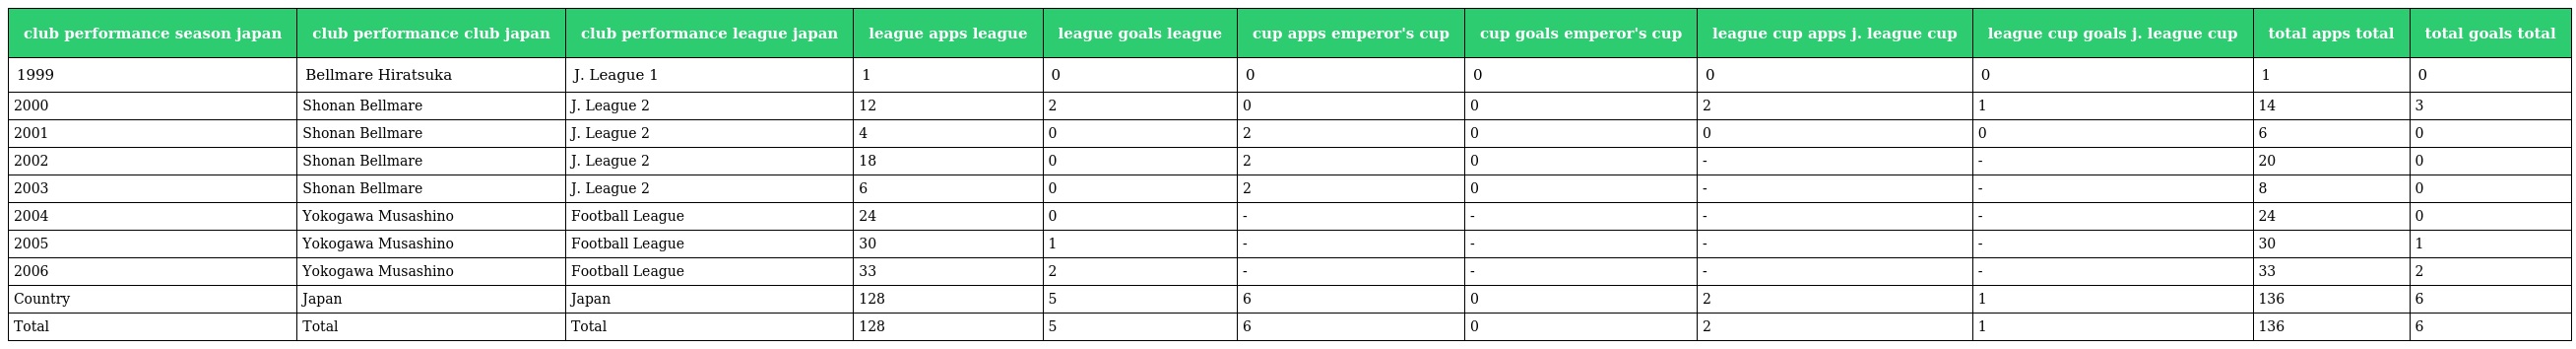
| club performance season japan | club performance club japan | club performance league japan | league apps league | league goals league | cup apps emperor's cup | cup goals emperor's cup | league cup apps j. league cup | league cup goals j. league cup | total apps total | total goals total |
 | --- | --- | --- | --- | --- | --- | --- | --- | --- | --- | --- |
 | 1999 | Bellmare Hiratsuka | J. League 1 | 1 | 0 | 0 | 0 | 0 | 0 | 1 | 0 |
 | 2000 | Shonan Bellmare | J. League 2 | 12 | 2 | 0 | 0 | 2 | 1 | 14 | 3 |
 | 2001 | Shonan Bellmare | J. League 2 | 4 | 0 | 2 | 0 | 0 | 0 | 6 | 0 |
 | 2002 | Shonan Bellmare | J. League 2 | 18 | 0 | 2 | 0 | - | - | 20 | 0 |
 | 2003 | Shonan Bellmare | J. League 2 | 6 | 0 | 2 | 0 | - | - | 8 | 0 |
 | 2004 | Yokogawa Musashino | Football League | 24 | 0 | - | - | - | - | 24 | 0 |
 | 2005 | Yokogawa Musashino | Football League | 30 | 1 | - | - | - | - | 30 | 1 |
 | 2006 | Yokogawa Musashino | Football League | 33 | 2 | - | - | - | - | 33 | 2 |
 | Country | Japan | Japan | 128 | 5 | 6 | 0 | 2 | 1 | 136 | 6 |
 | Total | Total | Total | 128 | 5 | 6 | 0 | 2 | 1 | 136 | 6 |